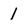
Character: 1